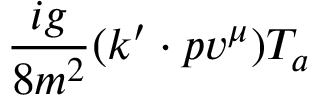
{ \frac { i g } { 8 m ^ { 2 } } } ( k ^ { \prime } \cdot p v ^ { \mu } ) T _ { a }